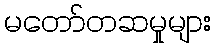
မတော်တဆမှုများ